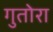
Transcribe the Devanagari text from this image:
गुतोरा